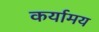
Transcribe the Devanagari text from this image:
कर्यामय